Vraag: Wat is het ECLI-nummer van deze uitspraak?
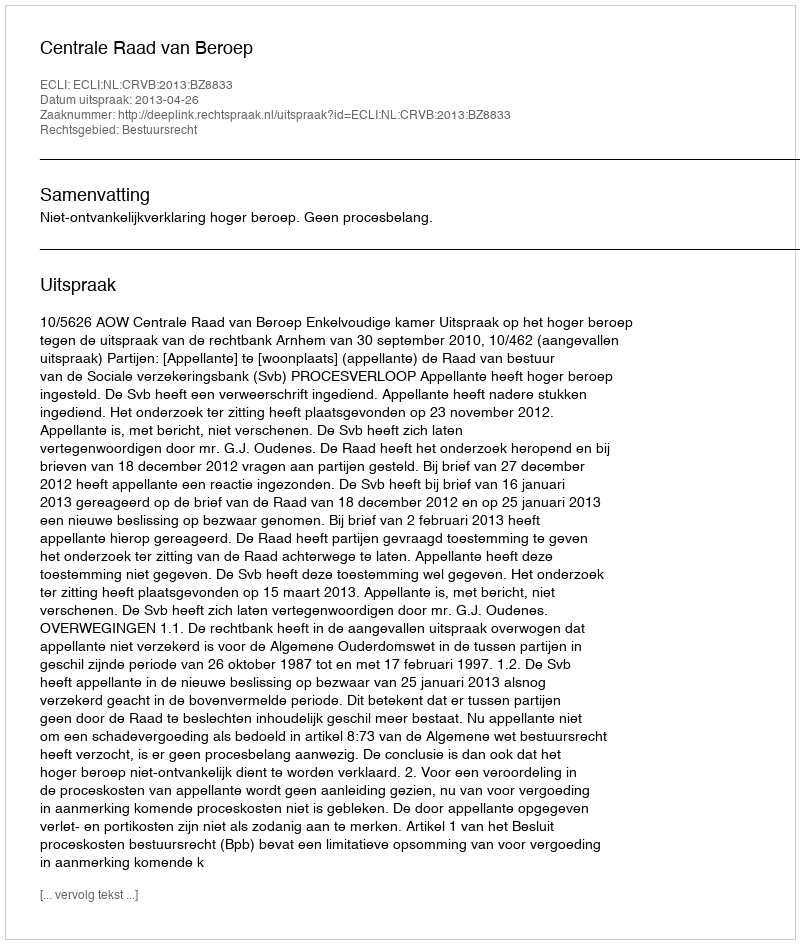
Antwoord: ECLI:NL:CRVB:2013:BZ8833